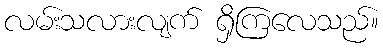
လမ်းသလားလျက် ရှိကြလေသည်။